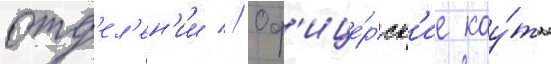
отд'ел'ен'ии // Оф'ице́рск'ие кау́ты